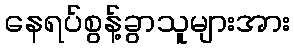
နေရပ်စွန့်ခွာသူများအား